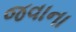
જવાના